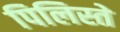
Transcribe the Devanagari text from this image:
पिलिस्ते